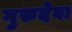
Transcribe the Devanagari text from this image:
गुरुदेवा